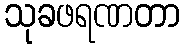
သုခဖရဏတာ